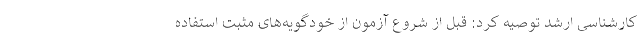
کارشناسی ارشد توصیه کرد: قبل از شروع آزمون از خودگویه‌های مثبت استفاده